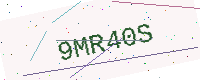
Text: 9MR40S